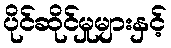
ပိုင်ဆိုင်မှုများနှင့်